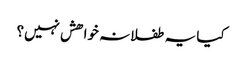
کیا یہ طفلانہ خواھش نہیں؟